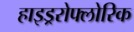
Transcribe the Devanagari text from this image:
हाइड्ररोफ्लोरिक